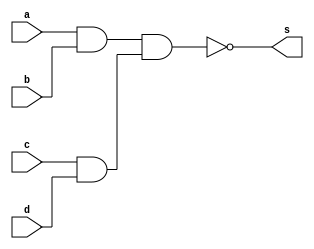
module nand_gate ( s,a,b,c,d);
  input a,b,c,d;
  output s;
  wire x,y,u,v;
  assign x=~(a & b);
  assign y=~(c & d);
  assign u=~(x & x);
  assign v=~(y & y);
  assign s=~(u & v);
endmodule